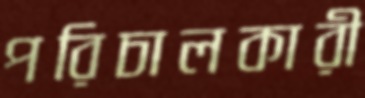
পরিচালকারী